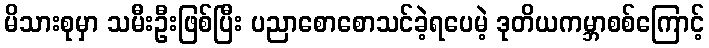
မိသားစုမှာ သမီးဦးဖြစ်ပြီး ပညာစောစောသင်ခဲ့ရပေမဲ့ ဒုတိယကမ္ဘာစစ်ကြောင့်